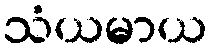
သံယမာယ